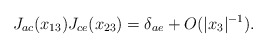
\begin{align*}J_{ac}(x_{13}) J_{ce}(x_{23}) = \delta_{ae} + O(|x_3|^{-1}).\end{align*}